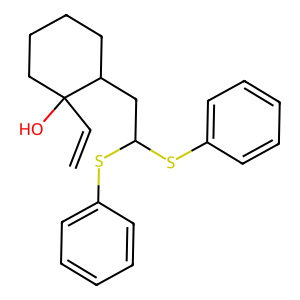
SMILES: C=CC1(O)CCCCC1CC(Sc1ccccc1)Sc1ccccc1
Inhibits HIV replication: No